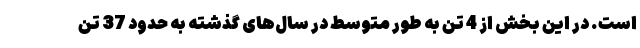
است. در این بخش از 4 تن به طور متوسط در سال‌های گذشته به حدود 37 تن